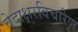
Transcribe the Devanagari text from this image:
वेदाक्षरविचारेण